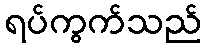
ရပ်ကွက်သည်